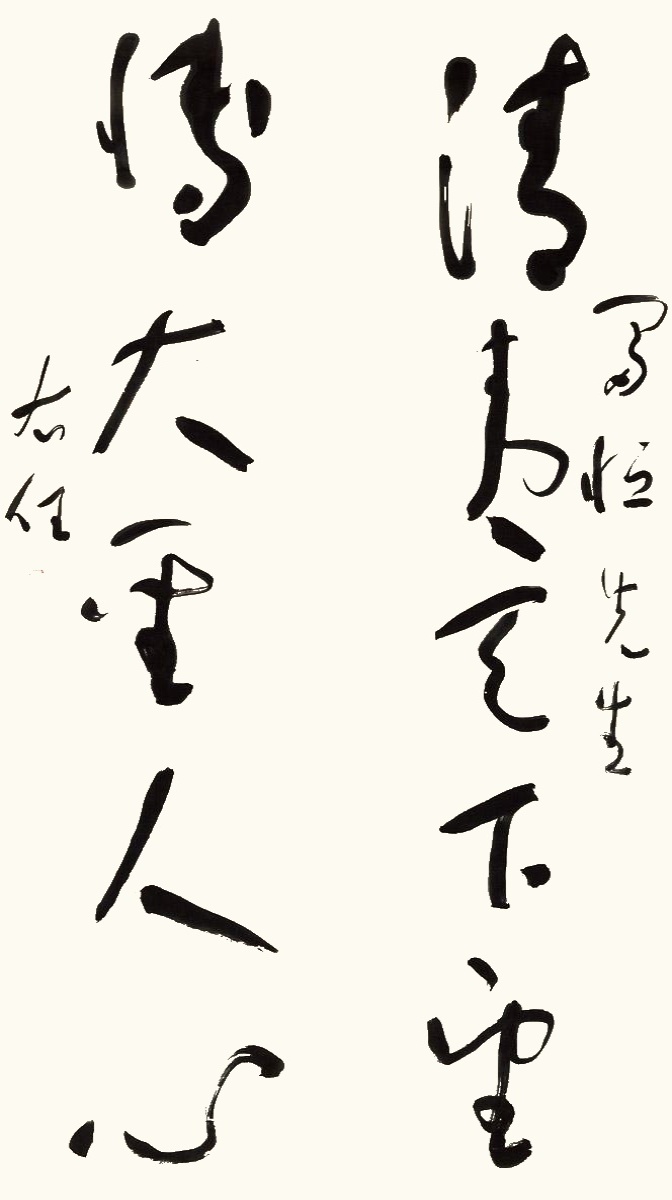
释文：清夷天下望，博大圣人心。富恒先生，右任。